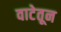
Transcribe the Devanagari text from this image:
वाटेतून